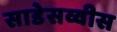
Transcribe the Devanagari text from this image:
साडेसव्वीस